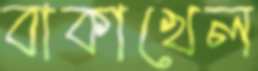
বাকাখেল